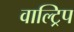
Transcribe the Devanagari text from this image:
वाल्ट्रिप